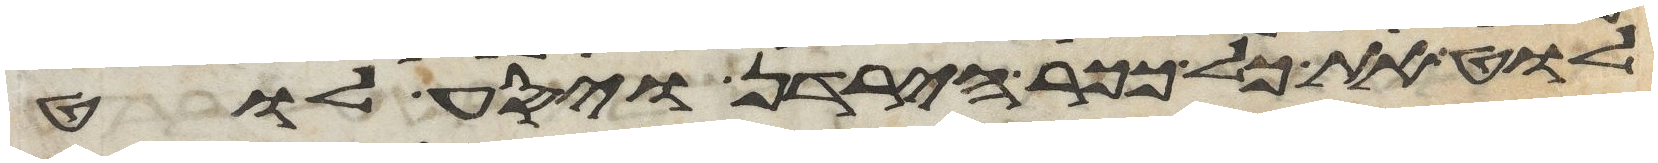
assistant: לוט את כל ככר הירדן ויסע לוט